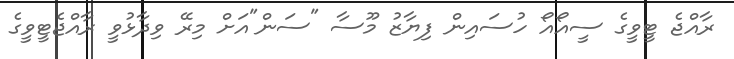
ރާއްޖެ ޓީވީގެ ސީއޯއޯ ހުސައިން ފިޔާޒު މޫސާ "ސަން"އަށް މިރޭ ވިދާޅުވީ ރާއްޖެޓީވީގެ